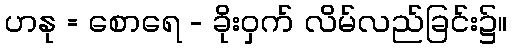
ဟနု = စောရေ - ခိုးဝှက် လိမ်လည်ခြင်း၌။